Bréfritari: Þórunn Pálsdóttir
Viðtakandi: Páll Pálsson
Dagsetning: A-1829-06-22
Skrifað á: Hallfreðarstöðum  N-Múl.
Páll var bróðir Þórunnar

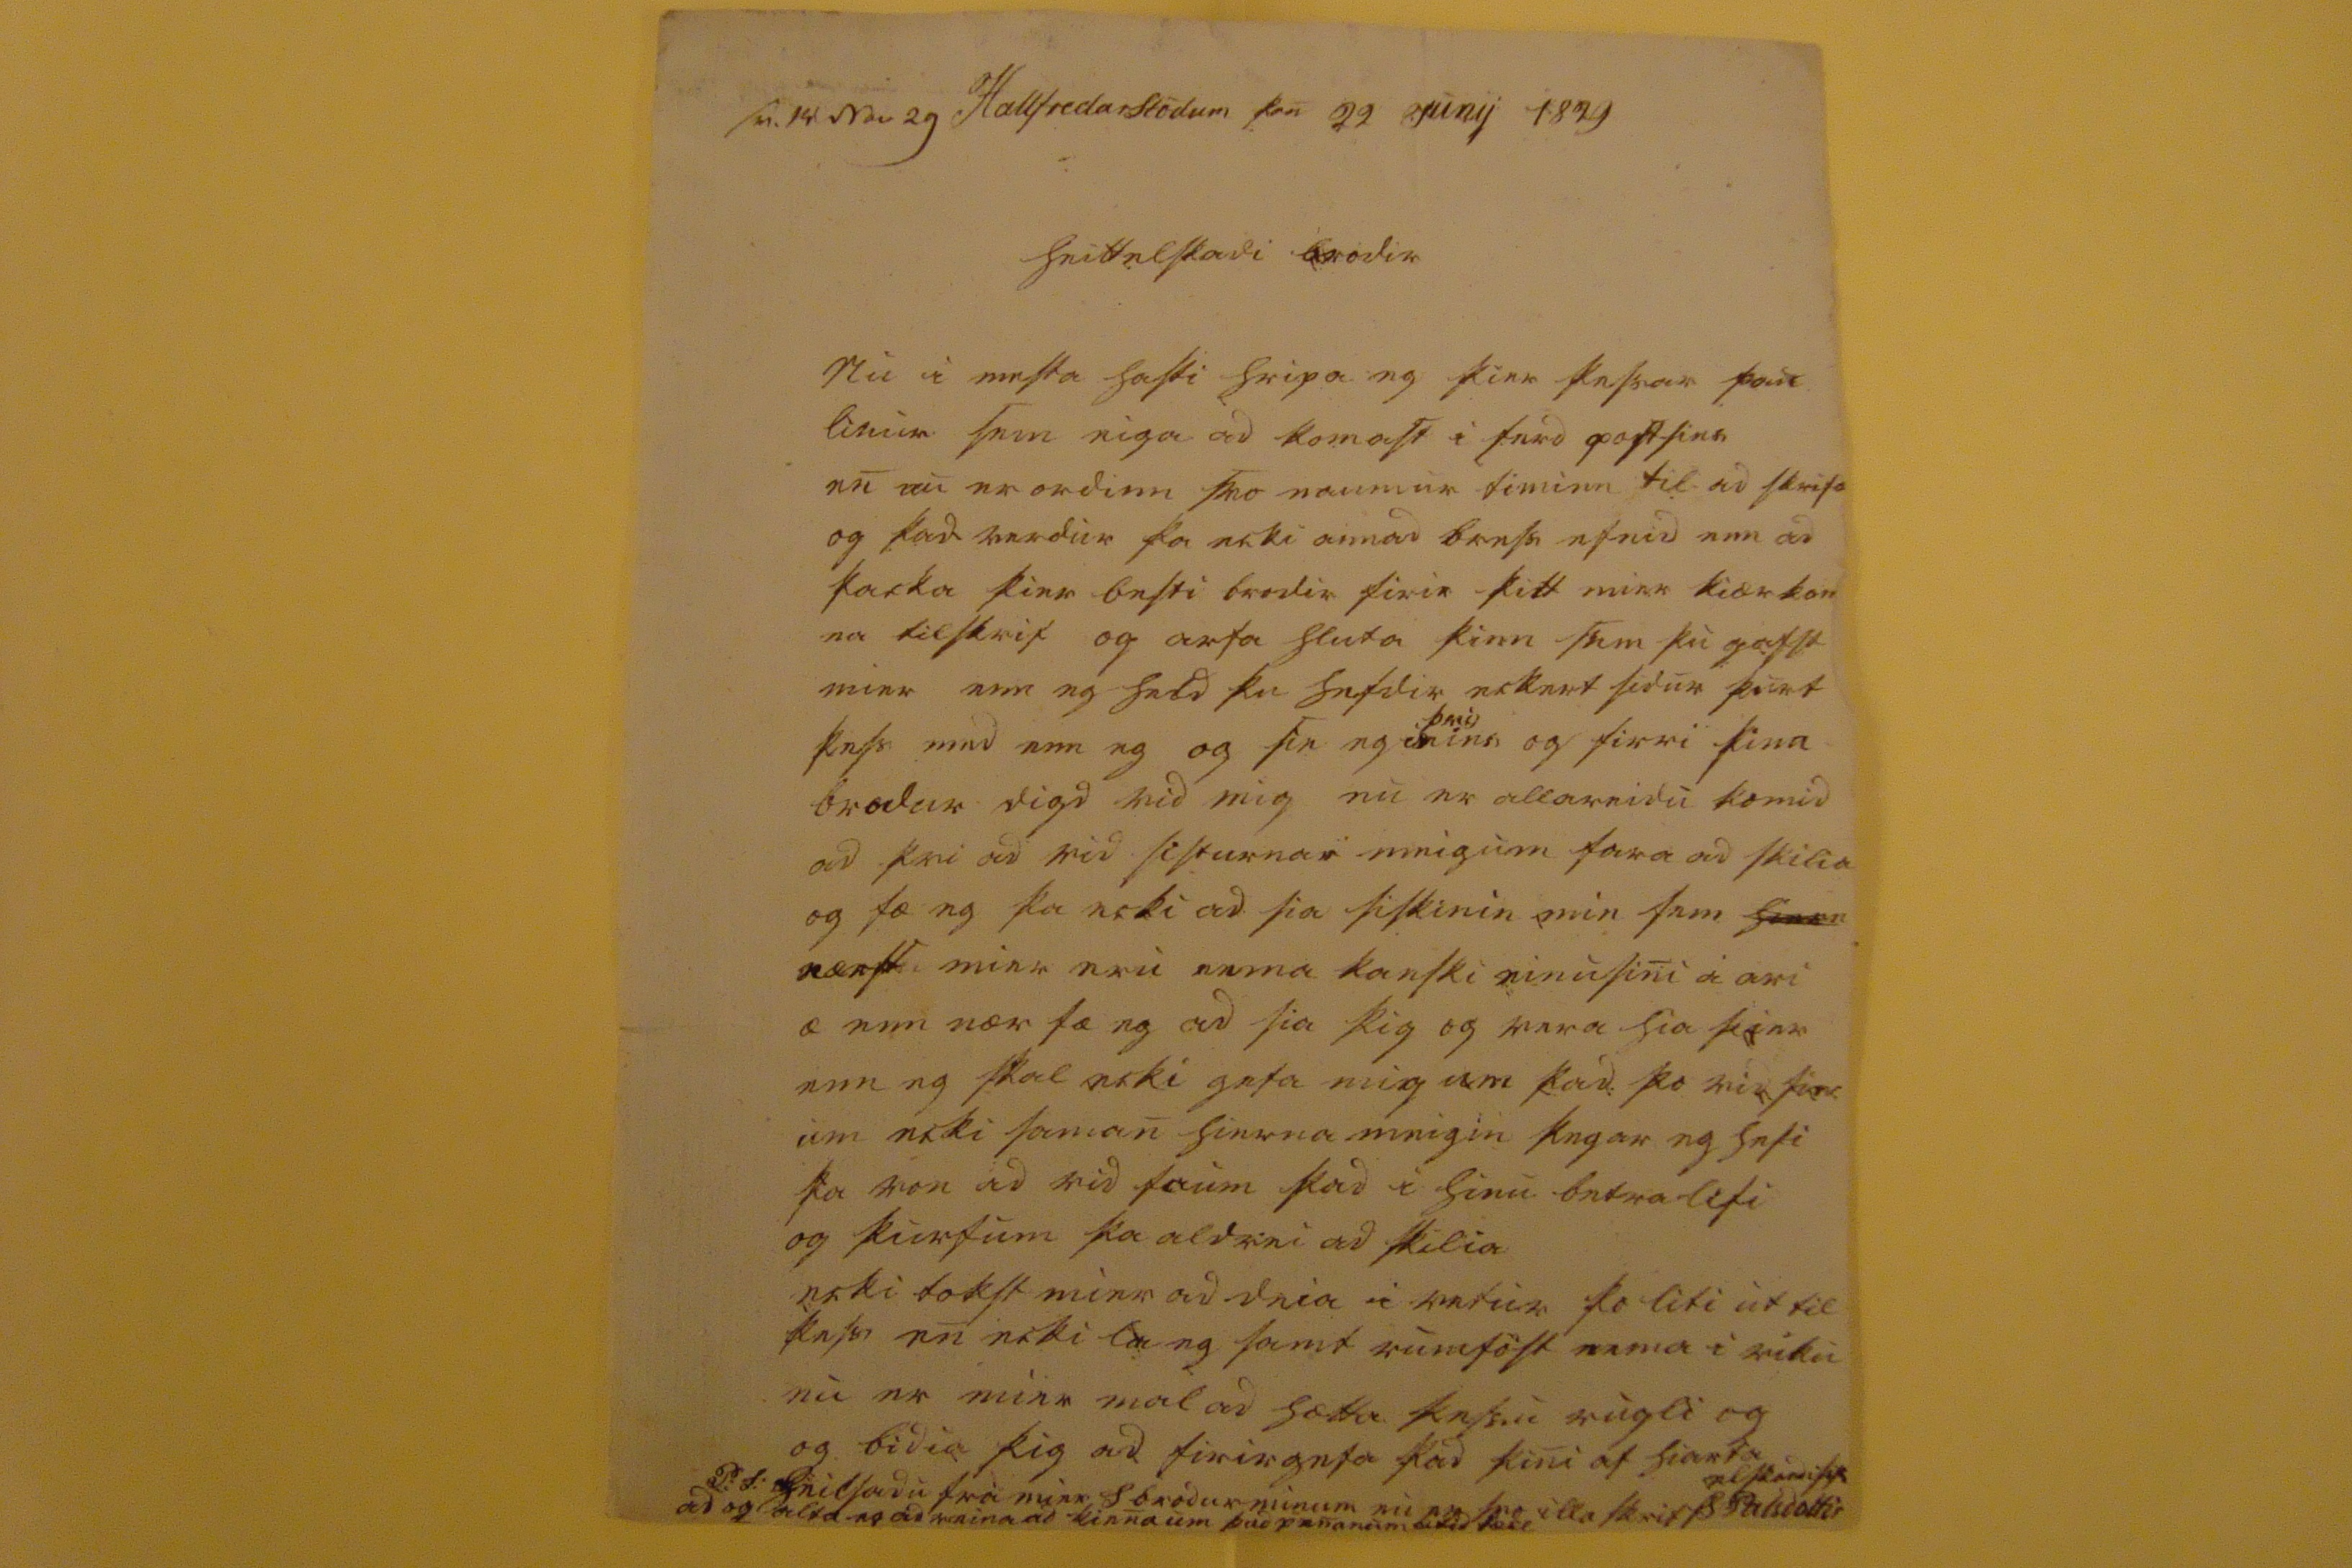

s0. 14 Nov 29
Hallfredarstödum þan 22 junii 1829
heittelskadi brodir
Nu i mesta hasti hripa eg þier þessar fau linur sem eiga ad komast i ferd postsins en nu er ordinn svo naumur timinn til ad skrifa og þad verdur þa ecki annad brefs efnid enn ad þacka þier besti brodir firir þitt mier kiærkon na tilskrif og arfa hluta þinn sem þu gafst mier enn eg held þu hefdir eckert sidur þurt þess med enn eg og sie eg
00
þeg
ins
og firri þina brodur digd vid mig nu er allareidu komid ad þvi ad vid sisturnar meigum fara ad skilia og fæ eg þa ecki ad sia siskinin min sem
00000
nærst mier eru nema kanski einusini a ari a enn nær fæ eg ad sia þig og fara hia þier enn eg skal ecki gefa mig um þad þo vid
sie0
um ecki saman hierna meigin þegar eg hefi þa von ad vid faum þad i hinu betra lifi og þurfum þa aldrei ad skilia ecki tokst mier ad deia i vetur þo lifi ut til þess en ecki la eg samt rumföst nema i viku nu er mier mal ad hætta þessu rugli og og bidia þig ad firirgefa þad þini af hiarta elskandi si00
Þ Palsdottir
P.S. heilsadu fra mier S brodur minum nu er svo illa skrifad og alta eg ad reina ad kien um þad penanum
bitid 0000